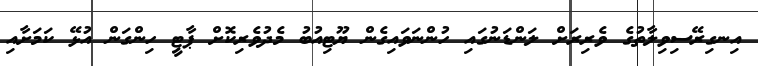
އިނގިރޭސިވިލާތުގެ ވެރިރަށް ލަންޑަނުގައި ހުންނަވައިގެން ޔޫޓިއުބު މެދުވެރިކޮށް ޕާޓީ ހިންގަން އުޅޭ ކަމަށާއި